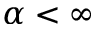
\alpha < \infty